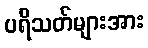
ပရိသတ်များအား